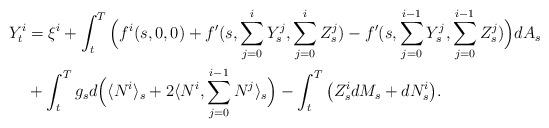
LaTeX: \begin{align*}Y_t^i &= \xi^i + \int_t^T \Big(f^i (s, 0, 0 ) + f^\prime(s, \sum_{j=0}^{i} Y_s^j, \sum_{j=0}^{i} Z_s^j) - f^\prime(s, \sum_{j=0}^{i-1} Y_s^j, \sum_{j=0}^{i-1} Z_s^j) \Big)dA_s \\ &+ \int_t^T g_s d \Big(\langle N^i\rangle_s + 2\langle N^i, \sum_{j=0}^{i-1} N^j\rangle_s \Big) -\int_t^T \big(Z_s^i dM_s + dN_s^i\big ).\end{align*}